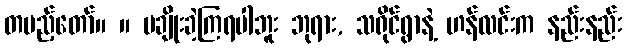
တပည့်တော်။ ။ မချိုးခဲ့ကြရပါဘူး ဘုရား, သရိုင်ရွာနဲ့ ဟန်လင်းက နည်းနည်း